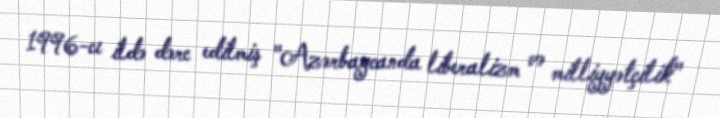
1996-cı ildə dərc edilmiş "Azərbaycanda liberalizm və milliyyətçilik"